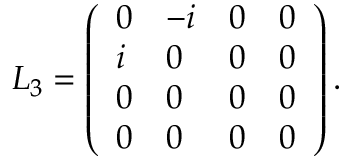
L _ { 3 } = \left( \begin{array} { l l l l } { { 0 } } & { { - i } } & { { 0 } } & { { 0 } } \\ { { i } } & { { 0 } } & { { 0 } } & { { 0 } } \\ { { 0 } } & { { 0 } } & { { 0 } } & { { 0 } } \\ { { 0 } } & { { 0 } } & { { 0 } } & { { 0 } } \end{array} \right) .